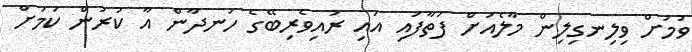
ވުމަށް ވިލިނގިލިން މާލެއަށް ފަތާފައި އައި ރައިވެރިބޭގެ ހަނދާން އާ ކުރުން ކަމަށް